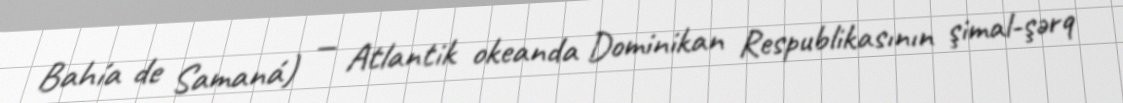
Bahía de Samaná) — Atlantik okeanda Dominikan Respublikasının şimal-şərq